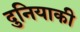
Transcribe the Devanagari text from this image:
दुनियाकी